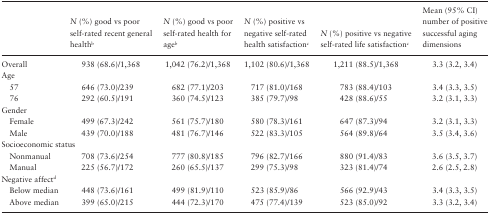
<table><thead><tr><td></td><td><b><i>N</i> (%) good vs poor self-rated recent general health<sup>b</sup></b></td><td><b><i>N</i> (%) good vs poor self-rated health for age<sup>b</sup></b></td><td><b><i>N</i> (%) positive vs negative self-rated health satisfaction<sup>c</sup></b></td><td><b><i>N</i> (%) positive vs negative self-rated life satisfaction<sup>c</sup></b></td><td><b>Mean (95% CI) number of positive successful aging dimensions</b></td></tr></thead><tbody><tr><td>Overall</td><td>938 (68.6)/1,368</td><td>1,042 (76.2)/1,368</td><td>1,102 (80.6)/1,368</td><td>1,211 (88.5)/1,368</td><td>3.3 (3.2, 3.4)</td></tr><tr><td colspan="6">Age</td></tr><tr><td> 57</td><td>646 (73.0)/239</td><td>682 (77.1)/203</td><td>717 (81.0)/168</td><td>783 (88.4)/103</td><td>3.4 (3.3, 3.5)</td></tr><tr><td> 76</td><td>292 (60.5)/191</td><td>360 (74.5)/123</td><td>385 (79.7)/98</td><td>428 (88.6)/55</td><td>3.2 (3.1, 3.3)</td></tr><tr><td colspan="6">Gender</td></tr><tr><td> Female</td><td>499 (67.3)/242</td><td>561 (75.7)/180</td><td>580 (78.3)/161</td><td>647 (87.3)/94</td><td>3.2 (3.1, 3.3)</td></tr><tr><td> Male</td><td>439 (70.0)/188</td><td>481 (76.7)/146</td><td>522 (83.3)/105</td><td>564 (89.8)/64</td><td>3.5 (3.4, 3.6)</td></tr><tr><td colspan="6">Socioeconomic status</td></tr><tr><td> Nonmanual</td><td>708 (73.6)/254</td><td>777 (80.8)/185</td><td>796 (82.7)/166</td><td>880 (91.4)/83</td><td>3.6 (3.5, 3.7)</td></tr><tr><td> Manual</td><td>225 (56.7)/172</td><td>260 (65.5)/137</td><td>299 (75.3)/98</td><td>323 (81.4)/74</td><td>2.6 (2.5, 2.8)</td></tr><tr><td colspan="6">Negative affect<sup>d</sup></td></tr><tr><td> Below median</td><td>448 (73.6)/161</td><td>499 (81.9)/110</td><td>523 (85.9)/86</td><td>566 (92.9)/43</td><td>3.4 (3.3, 3.5)</td></tr><tr><td> Above median</td><td>399 (65.0)/215</td><td>444 (72.3)/170</td><td>475 (77.4)/139</td><td>523 (85.0)/92</td><td>3.3 (3.2, 3.4)</td></tr></tbody></table>